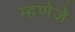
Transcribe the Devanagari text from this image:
म्हणेजे